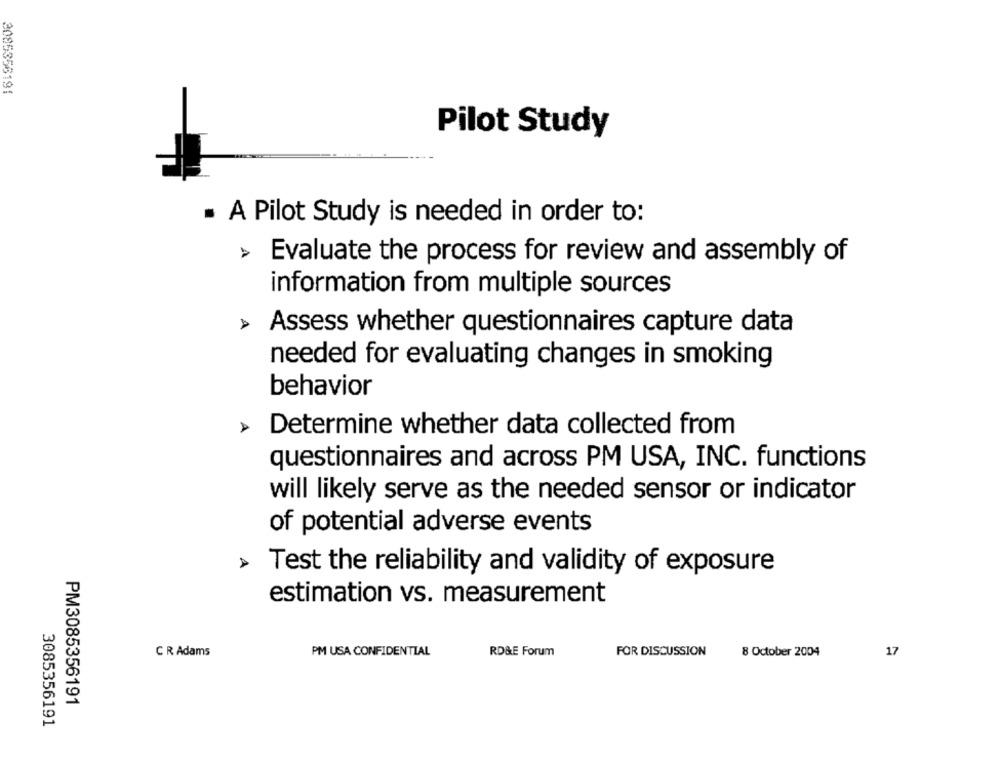
3085356191
Pilot Study
· A Pilot Study is needed in order to:
> Evaluate the process for review and assembly of
information from multiple sources
Assess whether questionnaires capture data
needed for evaluating changes in smoking
behavior
Determine whether data collected from
questionnaires and across PM USA, INC. functions
will likely serve as the needed sensor or indicator
of potential adverse events
Test the reliability and validity of exposure
estimation vs. measurement
C R Adams
PM USA CONFIDENTIAL
RD&E Forum
FOR DISCUSSION
8 October 2004
17
PM3085356191
3085356191